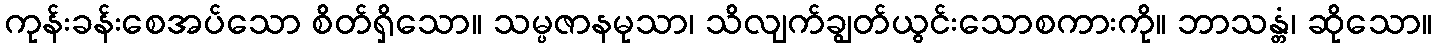
ကုန်းခန်းစေအပ်သော စိတ်ရှိသော။ သမ္ပဇာနမုသာ၊ သိလျက်ချွတ်ယွင်းသောစကားကို။ ဘာသန္တံ၊ ဆိုသော။